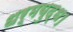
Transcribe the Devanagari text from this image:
धर्मयुद्ध।